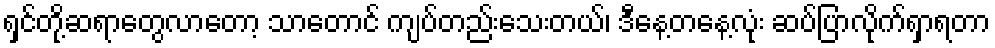
ရှင်တို့ဆရာတွေလာတော့ သာတောင် ကျပ်တည်းသေးတယ်၊ ဒီနေ့တနေ့လုံး ဆပ်ပြာလိုက်ရှာရတာ